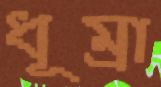
ধূম্রা